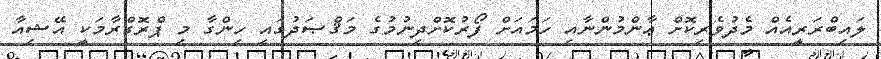
ލައިބްރަރީއެއް މެދުވެރިކޮށް ޢާންމުންނާއި ހަމައަށް ފޯރުކޮށްދިނުމުގެ މަޤްޞަދުގައި ހިންގާ މި ޕްރޮގްރާމަކީ އޭޝިއާ